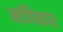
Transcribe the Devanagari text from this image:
मणिकार